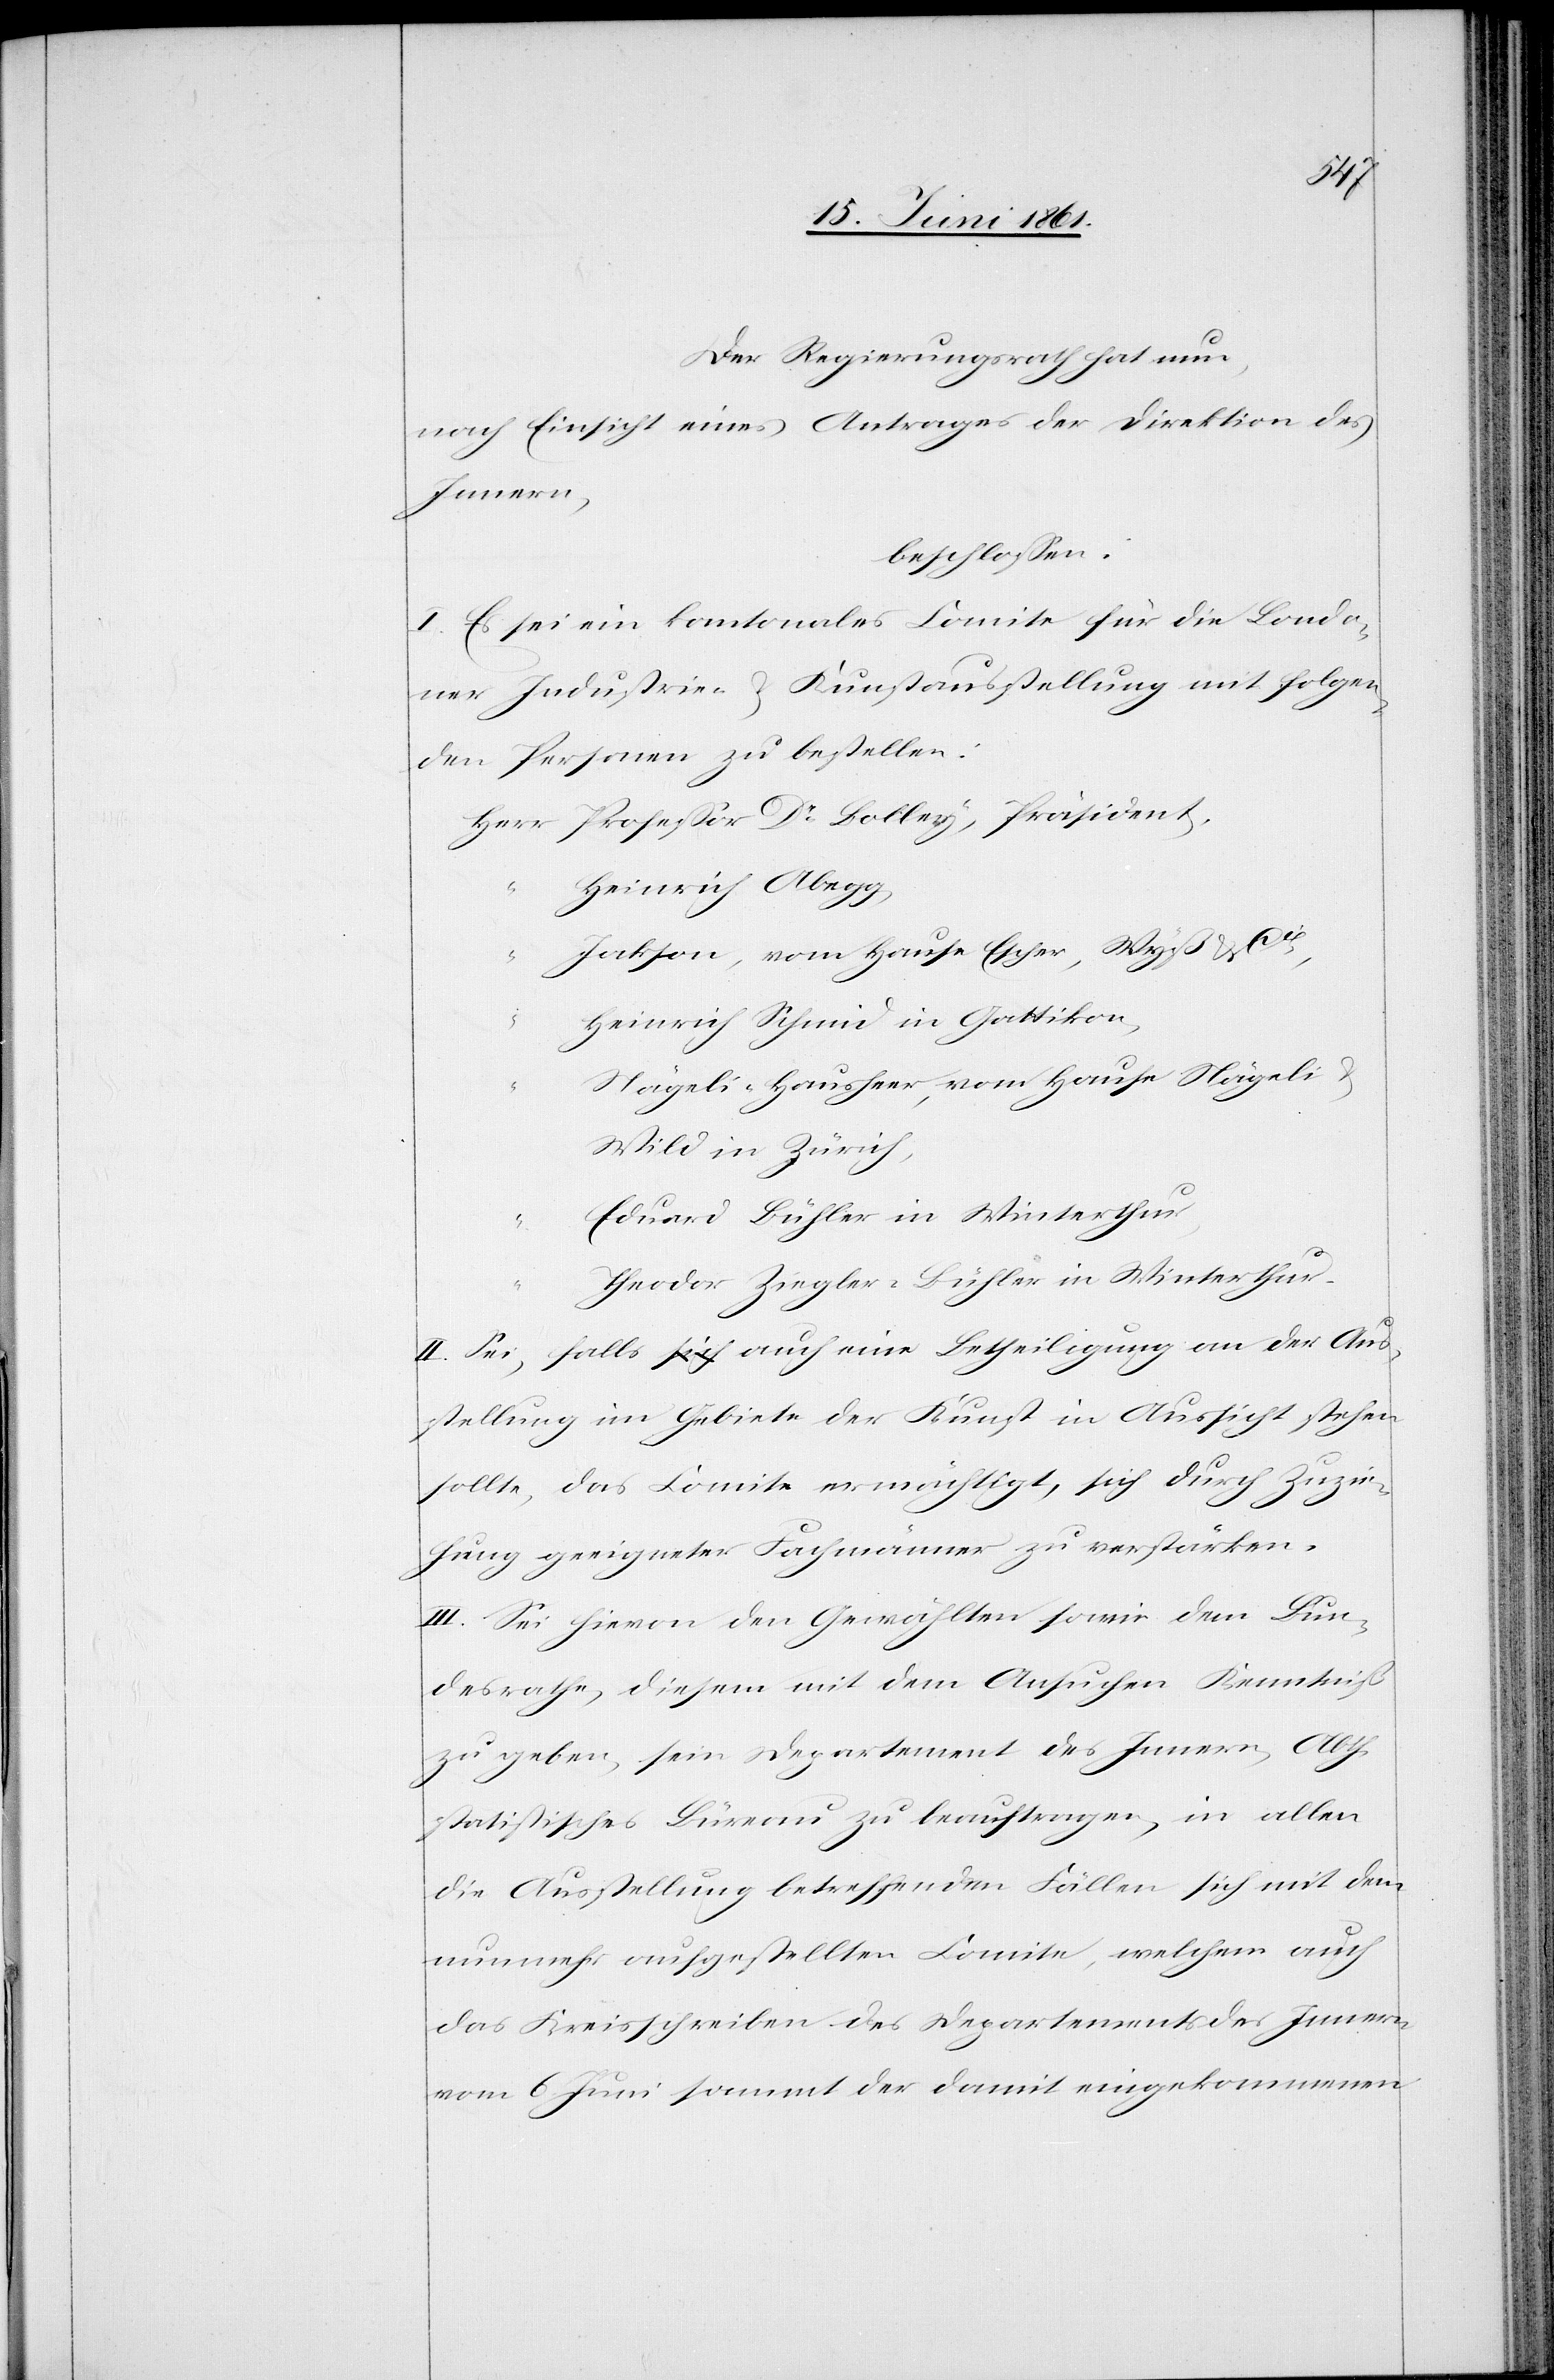
Der Regierungsrath hat nun,
nach Einsicht eines Antrages der Direktion des
Innern,
beschlossen:
I. Es sei ein kantonales Comite für die Londo¬
ner Industrie- u. Kunstausstellung mit folgen¬
den Personen zu bestellen:
Professor Dr. Bolley, Präsident.
“
Heinrich Abegg,
Jakson, vom Hause Escher, Wyß u. Cie
Heinrich Schmid in Gattikon,
Nägeli-Hausheer, vom Hause Nägeli u.
Wild in Zürich,
Eduard Bühler in Winterthur,
Theodor Ziegler-Bühler in Winterthur.
II. Sei, falls auch eine Betheiligung an der Aus¬
stellung im Gebiete der Kunst in Aussicht stehen
sollte, das Comite ermächtigt, sich durch Zuzie¬
hung geeigneter Fachmänner zu verstärken.
III. Sei hievon den Gewählten sowie dem Bun¬
desrathe, diesem mit dem Ansuchen Kenntniß
zu geben, sein Departement des Innern, Abth.
statistisches Büreau zu beauftragen, in allen
die Ausstellung betreffenden Fällen sich mit dem
nunmehr aufgestellten Comite, welchem auch
das Kreisschreiben des Departements des Innern
vom 6. Juni sammt der damit eingekommenen